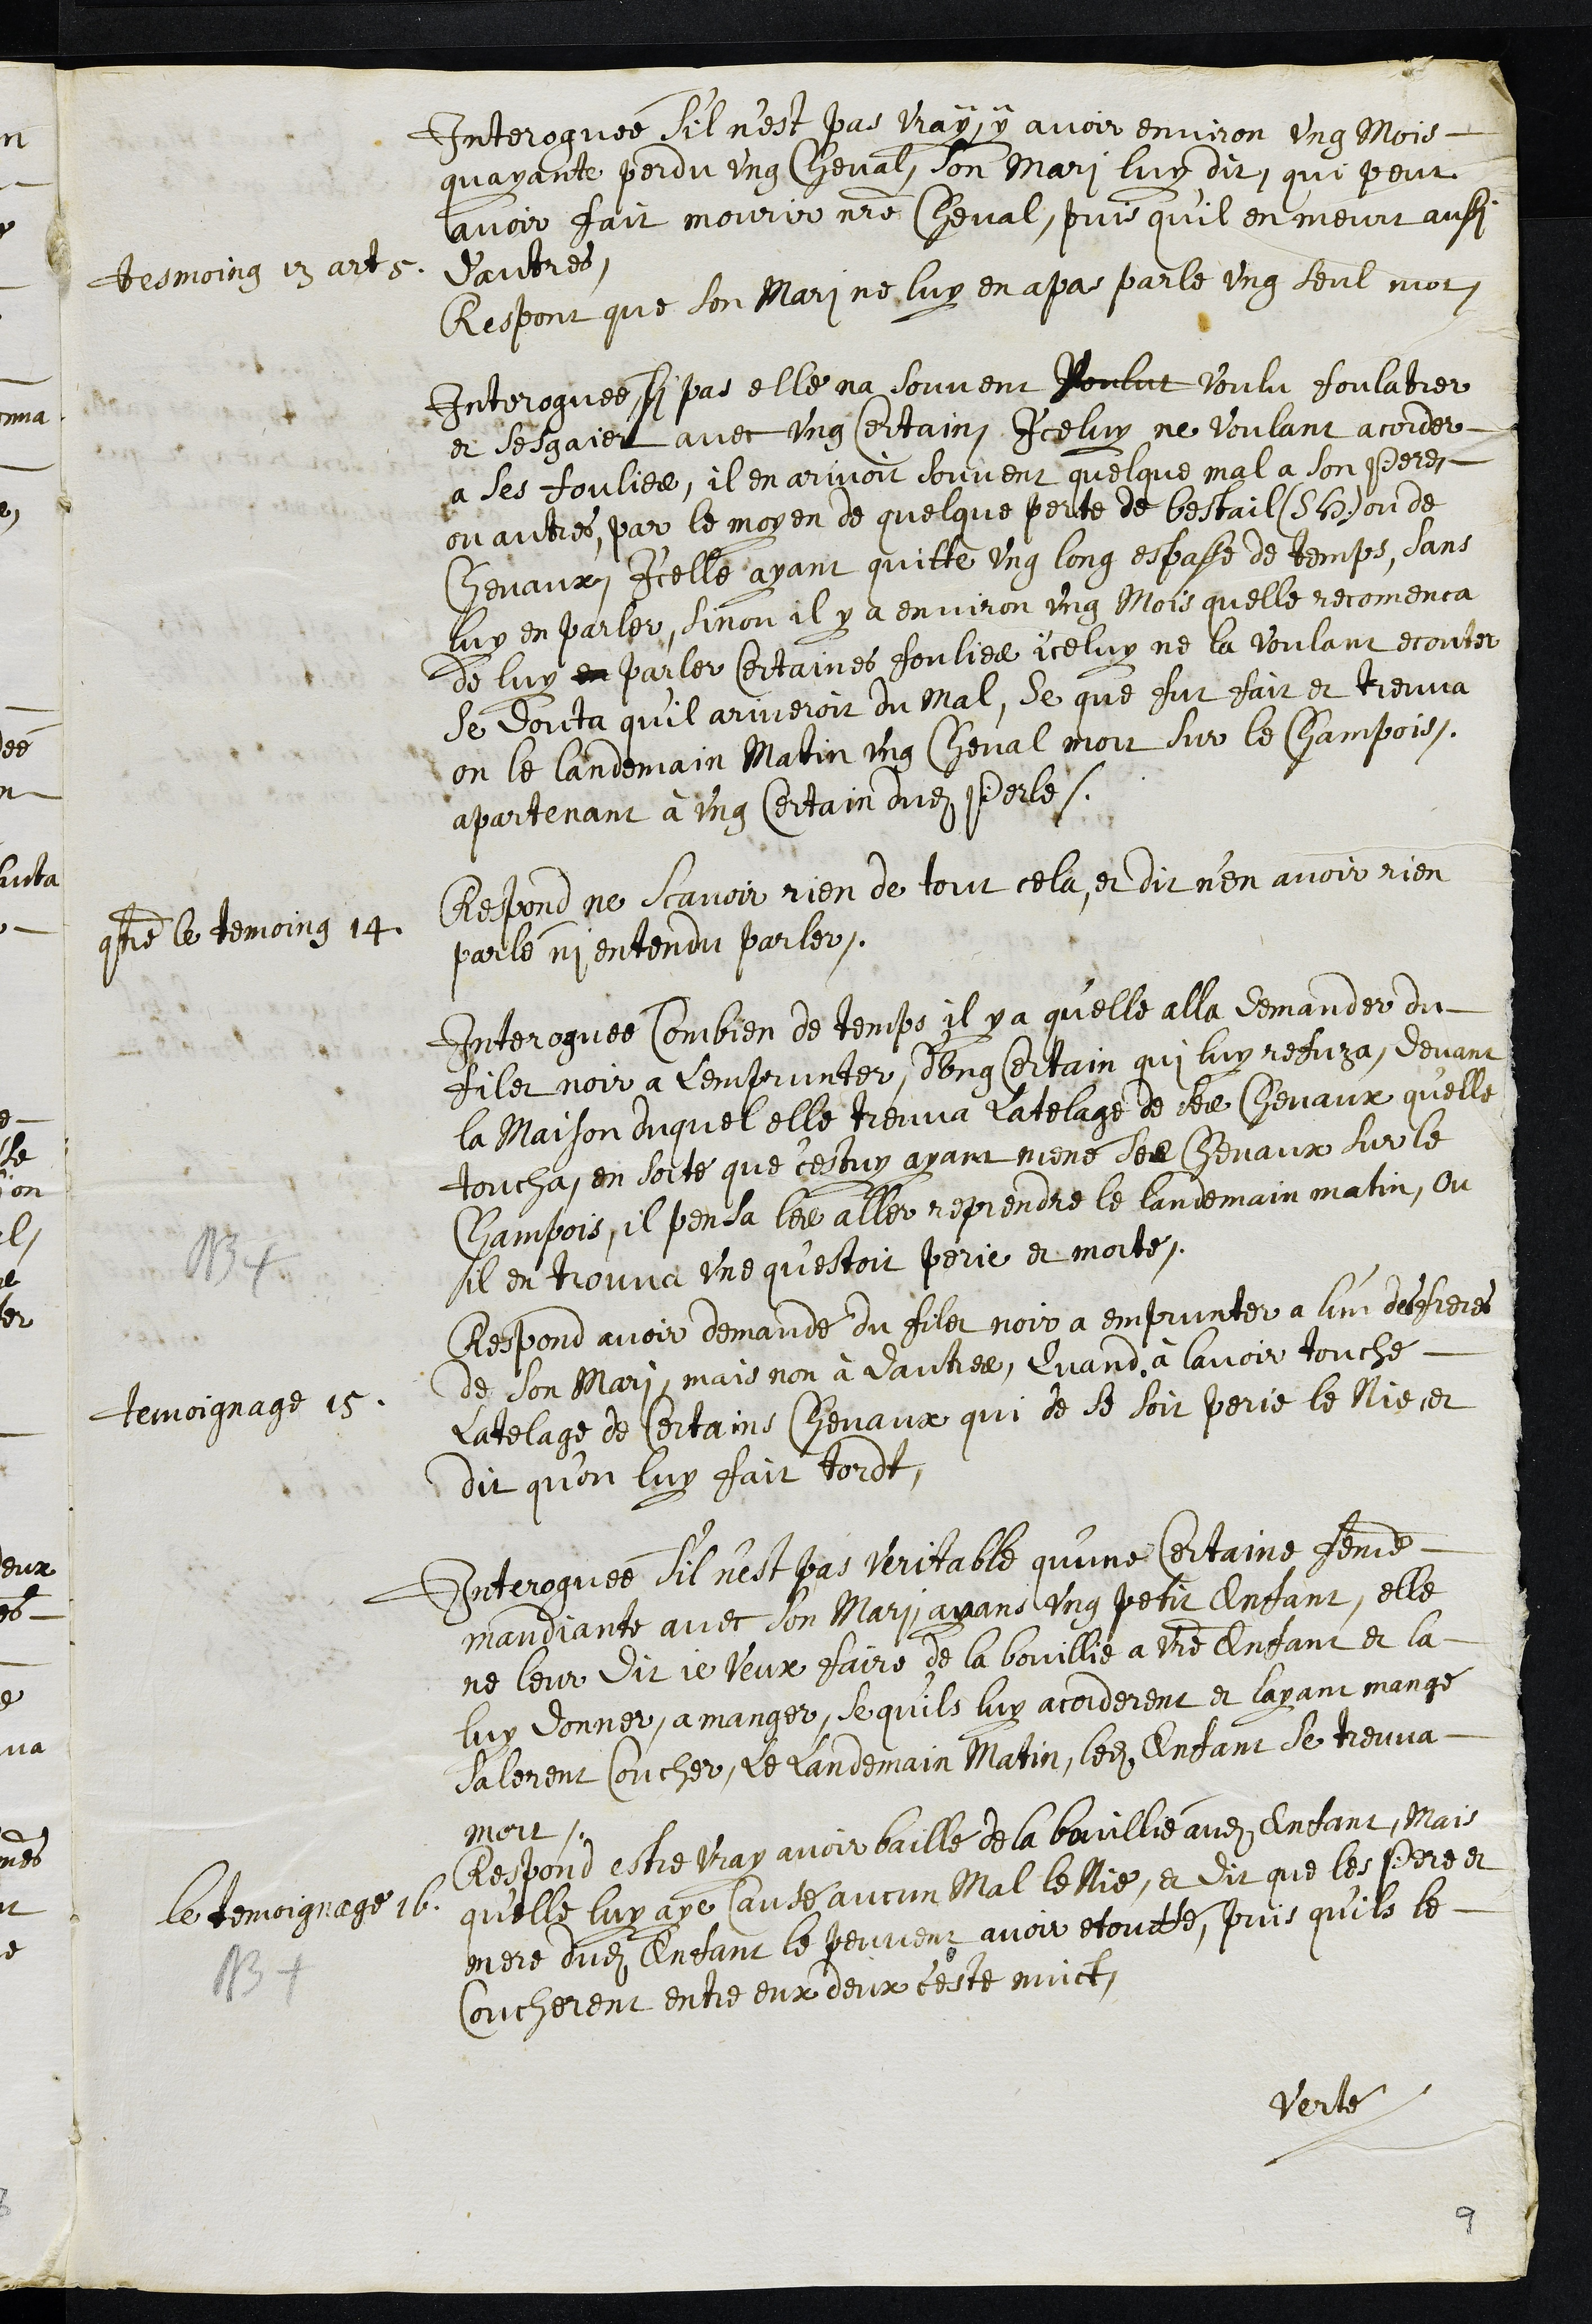
Interroguée s'il n’est pas vray, y avoir environ ung mois
quayant perdu ung cheval, son mari luy dit, qui pour
avoir fait mourir nostre Cheval, puis qu'il en meurt aussi
d'autres.
tesmoing 13 art 5.
Respont que son mari ne luy en a pas parlé ung seul mot.
Interoguée si pas elle na souvent voulut voulu foulatrer
et sesgaier avec ung Certain, Iceluy ne voulant acorder
a ses foulies, il en avoit souvent quelque mal a son Pere,
ou autres, par le moyen de quelque perte de bestail (S. H.) ou de
Chevaux, Icelle ayant quitte ung long espasse de temps, sans
luy en parler, sinon il y a environ ung mois quelle recommenca
de luy en parler Certaines foulies iceluy ne la voulant ecouter
se douta qu'il ariveroit du mal, se que fut fait et treuva
on le landemain matin ung cheval mort sur le Champois
apartenant à ung certain dudit Perle.
contre le temoing 14
Respond ne scavoir rien de tout cela, et dit n’en avoir rien
parlé ny entendu parler.
Interroguée Combien de temps il y a qu'elle alla demander du
filet noir a Lemprunter, d'ung certain qui luy refuza, devant
la maison duquel elle treuva Latelage de ses chevaux qu'elle
toucha, en sorte que c'estuy ayant mené ses chevaux sur le
Champois, il pensa les aller reprendre le landemain matin, ou
NB
il en trouva une qu'estoit perie et morte,
Temoignage 15
Respond avoir demandé du filet noir a emprunter a l’un des freres
de son mari, mais non à dautres, Quand à lavoir touché,
Latelage de certains chevaux qui de se soit perie le Nie et
dit qu'on luy fait tordt.
Interoguée s'il n’est pas veritable qu’une certaine femme
mandiante avec son mari ayans ung petit Enfant, elle
ne leur dit je veux faire de la bouillie a votre Enfant et la
luy donner a manger, ce qu'ils luy acorderent et layant mangé
salerent coucher, Le Landemain matin, ledit Enfant se treuva
mort.
le temoignage 16
NB
Respond estre vray avoir baillé de la bouillie audit enfant, Mais
quelle luy aye Causé aucun Mal le Nie, et dit que les Pere et
mere dudit Enfant le peuvent avoir etouffé, puis qu'ils le
coucherent entre eux deux ceste nuict
Verte
9